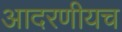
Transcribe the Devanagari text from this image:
आदरणीयच